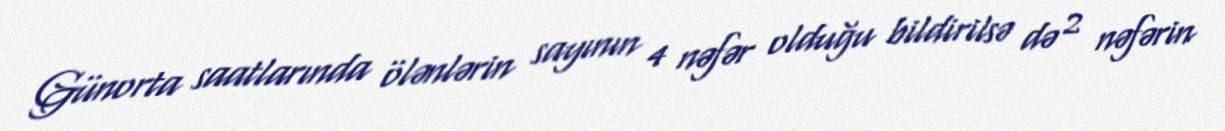
Günorta saatlarında ölənlərin sayının 4 nəfər olduğu bildirilsə də 2 nəfərin